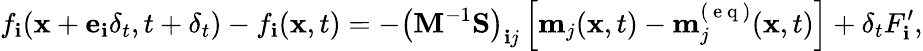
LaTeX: f_{\mathbf{i}}(\mathbf{{x}}+\mathbf{{e}}_{\mathbf{i}}\delta_{t},t+\delta_{t})-f_{\mathbf{i}}(\mathbf{{x}},t)=-\left(\mathbf{{M}}^{-1}\mathbf{{S}}\right)_{\mathbf{i}j}\left[\mathbf{{m}}_{j}(\mathbf{{x}},t)-\mathbf{{m}}_{j}^{(\mathrm{{~e~q~}})}(\mathbf{{x}},t)\right]+\delta_{t}F_{\mathbf{i}}^{\prime},